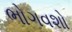
ભોગવશો